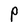
Character: P